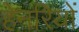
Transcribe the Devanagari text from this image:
हेनरियों